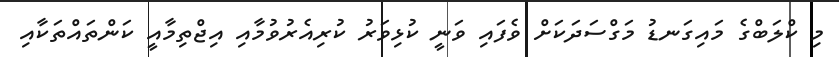
މި ކްލަބްގެ މައިގަނޑު މަގްސަދަކަށް ވެފައި ވަނީ ކުޅިވަރު ކުރިއެރުވުމާއި އިޖްތިމާއީ ކަންތައްތަކާއި